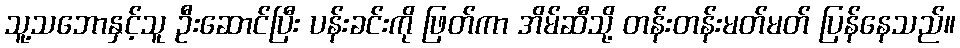
သူ့သဘောနှင့်သူ ဦးဆောင်ပြီး ပန်းခင်းကို ဖြတ်ကာ အိမ်ဆီသို့ တန်းတန်းမတ်မတ် ပြန်နေသည်။